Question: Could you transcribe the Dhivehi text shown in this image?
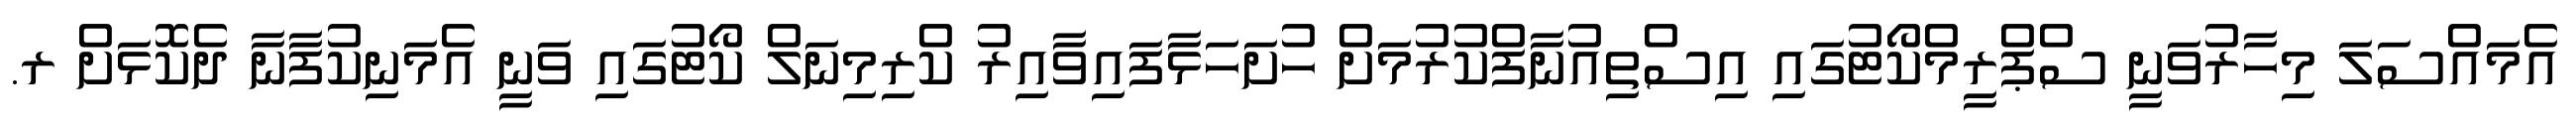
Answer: އެމައްސަލަ މިހާރުވަނީ ސްޕްރީމްކޯޓުގައި އިސްތިއުނާފްކުރުމަށް ހުށަހަޅާފައިވާއިރު ކްރިމިނަލް ކޯޓުގައި ވަނީ އެމަނިކުފާނާ ދެކޮޅަށް ރ.